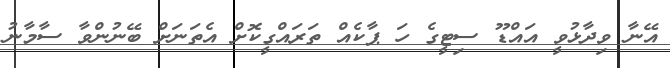
އޭނާ ވިދާޅުވީ އައްޑޫ ސިޓީގެ ހަ ޕާކެއް ތަރައްގީކޮށް އެތަނަށް ބޭނުންވާ ސާމާނު